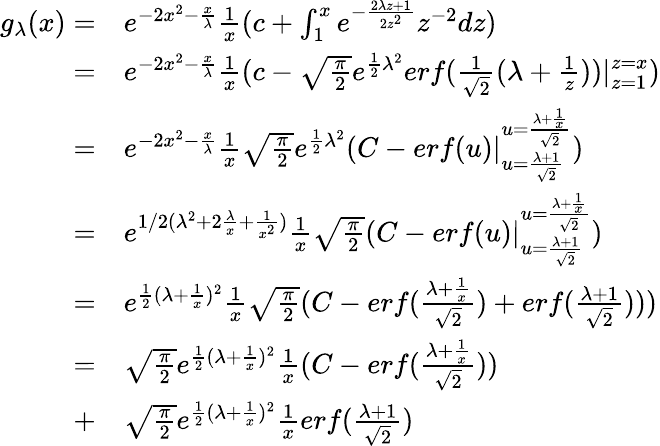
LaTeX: \begin{array}{rl}{g_{\lambda}(x)=}&{e^{-2x^{2}-\frac{x}{\lambda}}\frac{1}{x}(c+\int_{1}^{x}e^{-\frac{2\lambda z+1}{2z^{2}}}z^{-2}dz)}\\ {=}&{e^{-2x^{2}-\frac{x}{\lambda}}\frac{1}{x}(c-\sqrt{\frac{\pi}{2}}e^{\frac{1}{2}\lambda^{2}}erf(\frac{1}{\sqrt{2}}(\lambda+\frac{1}{z}))|_{z=1}^{z=x})}\\ {=}&{e^{-2x^{2}-\frac{x}{\lambda}}\frac{1}{x}\sqrt{\frac{\pi}{2}}e^{\frac{1}{2}\lambda^{2}}(C-erf(u)|_{u=\frac{\lambda+1}{\sqrt{2}}}^{u=\frac{\lambda+\frac{1}{x}}{\sqrt{2}}})}\\ {=}&{e^{1/2(\lambda^{2}+2\frac{\lambda}{x}+\frac{1}{x^{2}})}\frac{1}{x}\sqrt{\frac{\pi}{2}}(C-erf(u)|_{u=\frac{\lambda+1}{\sqrt{2}}}^{u=\frac{\lambda+\frac{1}{x}}{\sqrt{2}}})}\\ {=}&{e^{\frac{1}{2}(\lambda+\frac{1}{x})^{2}}\frac{1}{x}\sqrt{\frac{\pi}{2}}(C-erf(\frac{\lambda+\frac{1}{x}}{\sqrt{2}})+erf(\frac{\lambda+1}{\sqrt{2}})))}\\ {=}&{\sqrt{\frac{\pi}{2}}e^{\frac{1}{2}(\lambda+\frac{1}{x})^{2}}\frac{1}{x}(C-erf(\frac{\lambda+\frac{1}{x}}{\sqrt{2}}))}\\ {+}&{\sqrt{\frac{\pi}{2}}e^{\frac{1}{2}(\lambda+\frac{1}{x})^{2}}\frac{1}{x}erf(\frac{\lambda+1}{\sqrt{2}})}\end{array}